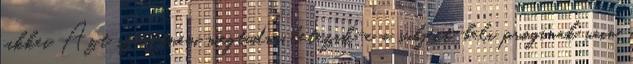
cikkei Azt szeretnem megtudni letezik-e a subject-beli proginak win